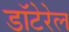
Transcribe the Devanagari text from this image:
डॉटेरेल